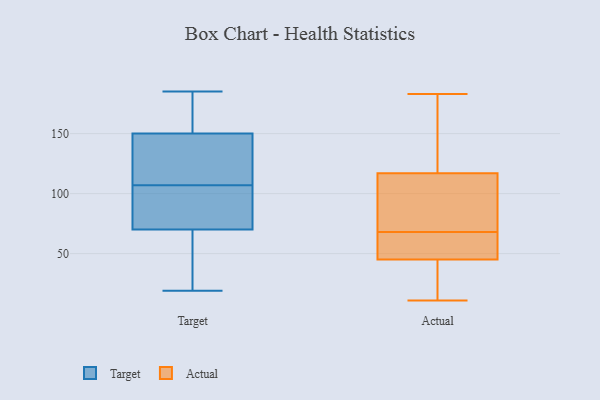
{"axis": {"x": "Page Views", "y": "Value"}, "legend": ["Actual", "Target"], "data": [{"x": "", "y": 96, "type": "Target"}, {"x": "", "y": 86, "type": "Target"}, {"x": "", "y": 43, "type": "Target"}, {"x": "", "y": 143, "type": "Target"}, {"x": "", "y": 149, "type": "Target"}, {"x": "", "y": 42, "type": "Target"}, {"x": "", "y": 153, "type": "Target"}, {"x": "", "y": 116, "type": "Target"}, {"x": "", "y": 107, "type": "Target"}, {"x": "", "y": 79, "type": "Target"}, {"x": "", "y": 185, "type": "Target"}, {"x": "", "y": 138, "type": "Target"}, {"x": "", "y": 157, "type": "Target"}, {"x": "", "y": 19, "type": "Target"}, {"x": "", "y": 32, "type": "Target"}, {"x": "", "y": 88, "type": "Target"}, {"x": "", "y": 180, "type": "Target"}, {"x": "", "y": 68, "type": "Actual"}, {"x": "", "y": 11, "type": "Actual"}, {"x": "", "y": 117, "type": "Actual"}, {"x": "", "y": 31, "type": "Actual"}, {"x": "", "y": 68, "type": "Actual"}, {"x": "", "y": 51, "type": "Actual"}, {"x": "", "y": 181, "type": "Actual"}, {"x": "", "y": 55, "type": "Actual"}, {"x": "", "y": 183, "type": "Actual"}, {"x": "", "y": 47, "type": "Actual"}, {"x": "", "y": 167, "type": "Actual"}, {"x": "", "y": 45, "type": "Actual"}, {"x": "", "y": 44, "type": "Actual"}, {"x": "", "y": 116, "type": "Actual"}, {"x": "", "y": 182, "type": "Actual"}, {"x": "", "y": 31, "type": "Actual"}, {"x": "", "y": 80, "type": "Actual"}, {"x": "", "y": 106, "type": "Actual"}]}